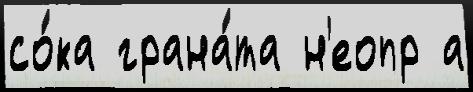
со́ка грана́та н'еопр а